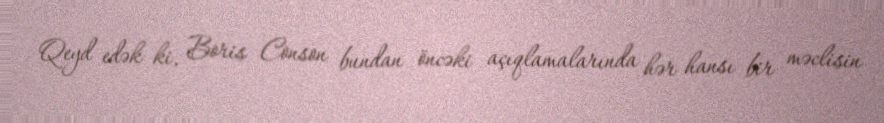
Qeyd edək ki, Boris Conson bundan öncəki açıqlamalarında hər hansı bir məclisin